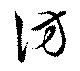
訪